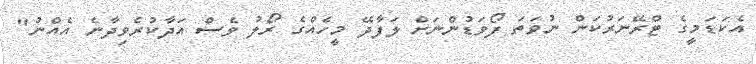
އެކަޑަމީގެ ޓްރޭނަރުކަން ނުވަތަ ފޯވަޑުންނަށް ލަފާދޭ މީހެއްގެ ރޯލު ވެސް އަދާކުރެވިދާނެ އެއްނު"